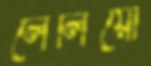
লেলিয়ো